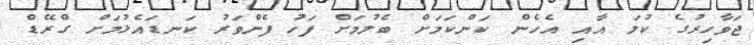
ޖަވާހިރުގެ ކުލަ އާއި އެހެން ކަންކަމަށް ބެލުމަށް ފަހު ފެންވަރު ކަނޑައެޅުމަށް ގްރޭޑް